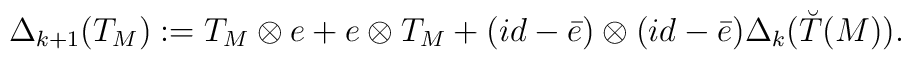
\Delta_{k+1}(T_M):=T_M\otimes e+e\otimes T_M+(id-\bar{e})\otimes (id-\bar{e})\Delta_k(\breve{T}(M)).